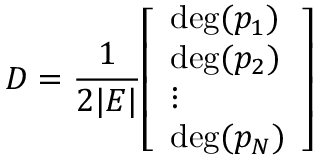
D = { \frac { 1 } { 2 | E | } } { \left[ \begin{array} { l } { \deg ( p _ { 1 } ) } \\ { \deg ( p _ { 2 } ) } \\ { \vdots } \\ { \deg ( p _ { N } ) } \end{array} \right] }